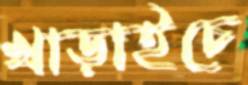
খাড়াইচে